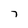
Character: 7